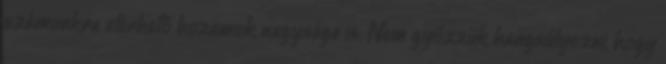
számunkra elérhető hozamok nagysága is. Nem győzzük hangsúlyozni, hogy